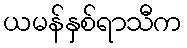
ယမန်နှစ်ရာသီက